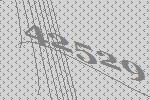
42529